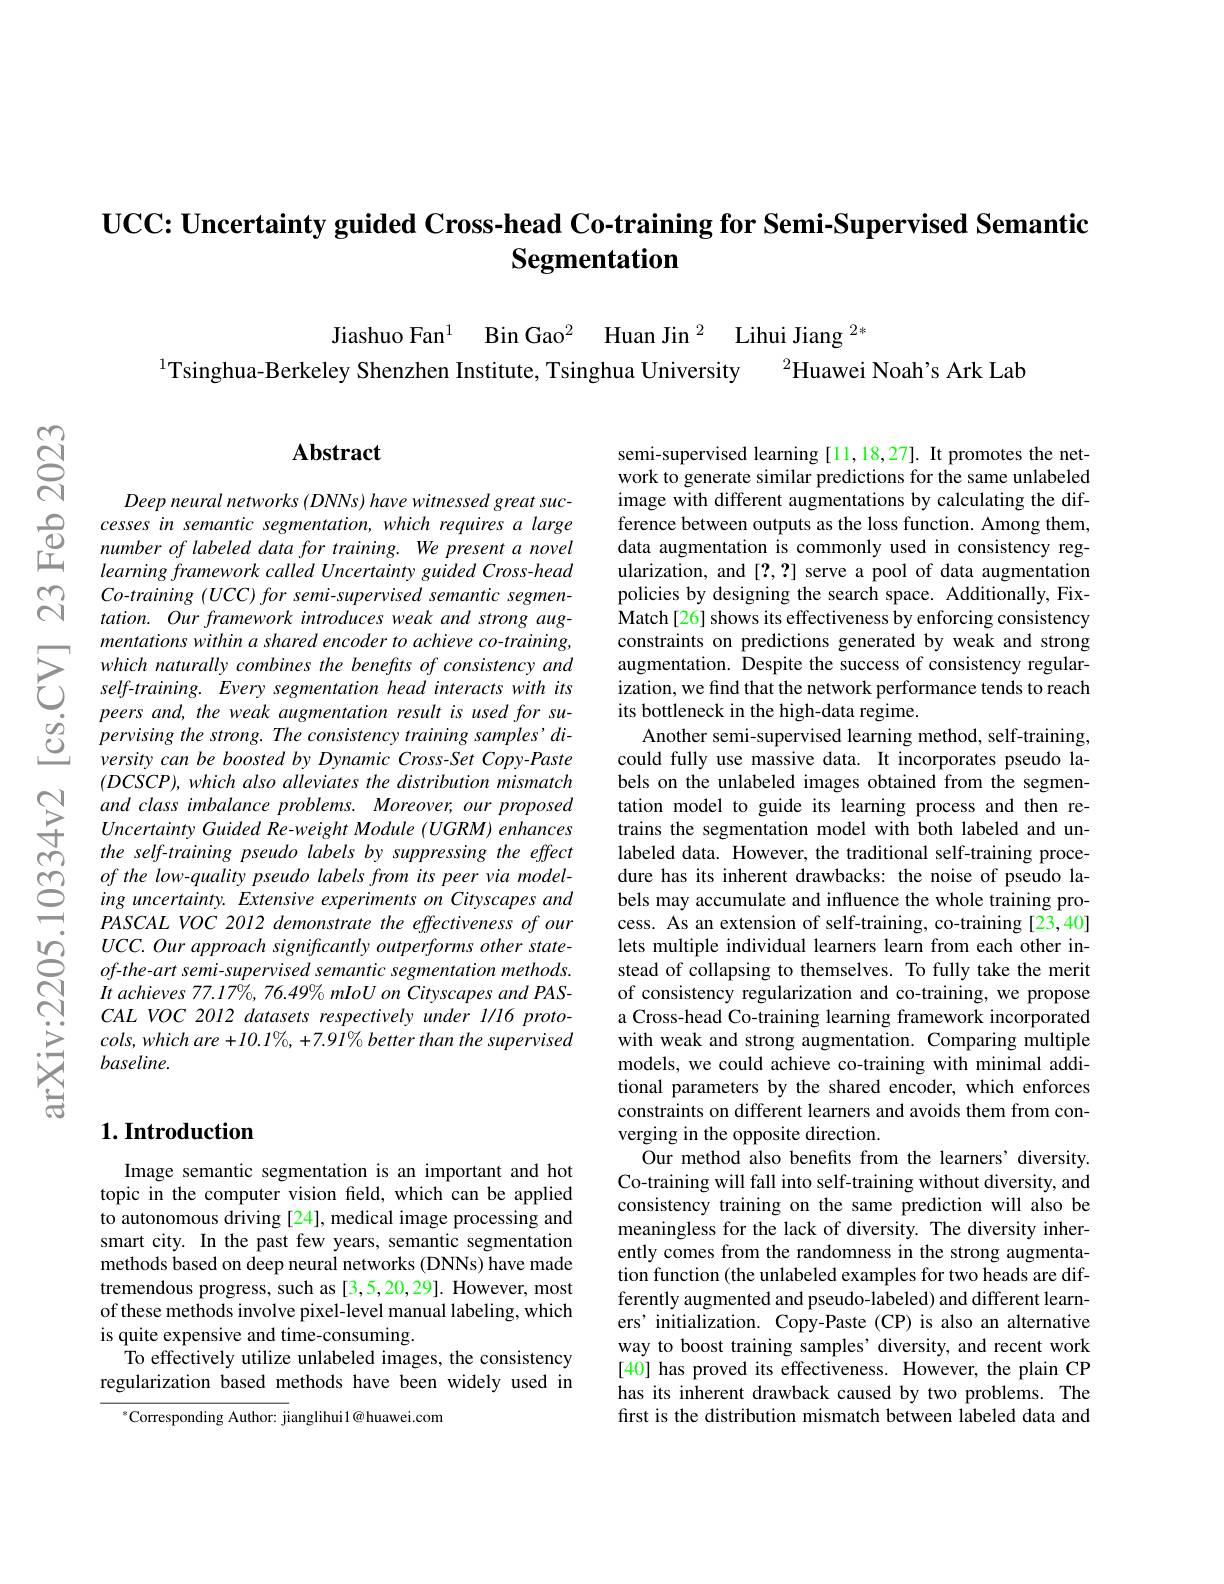
## $\textbf{UCC: Uncertainty guided Cross- head Co- training for Semi- Supervised Semantic}$ Segmentation

Jiashuo Fan$^1$ Bin Gao$^2$ Huan Jin$^2$ Lihui Jiang$^{2*}$
$^{2}$Huawei Noah's Ark Lab
$^1$Tsinghua-Berkeley Shenzhen Institute, Tsinghua University

$ଟ୍ରି$

$സ്രു$

### $\mathbf{Abstract}$

Deep neural networks (DNNs) have witnessed great suc-
$\begin{array}{lllll}&\text{cesses in semantic segmentation, which requires a large}\\\textcircled{0}&\text{number of labeled data for training. We present a novel}\\\text{丘}&\textit{learning framework called Uncertainty guided Cross-head}\end{array}$
Co-training (UCC) for semi-supervised semantic segmentation. Our framework introduces weak and strong augmentations within a shared encoder to achieve co-training,
which naturally conbines the benefts of consistency and augmentation. Despite the success of consistency regularCO selfraining. Every segmentation head interacts with its ization, wefind that the network performance tends toreach
$\begin{array}{lll}{peers~and,~the~weak~augmentation~result~is~used~for~su-}\\{\textcircled{0}}&{pervising~the~strong.~The~consistency~training~samples'di-}\\{\textcircled{0}}&{versity~can~be~boosted~by~Dynamic~Cross-Set~Copy-Paste}\end{array}$
$(DCSCP),whichalsoalleviatesthedistributionmismatch$ and class imbalance problems. Moreover, our proposed Uncertainty Guided Re-weight Module (UGRM) enhances the self-training pseudo labels by suppressing the effect
$\begin{array}{lllllllllllllllll}&of\text{ the low-quality pseudo}\end{array}$
UCC. Our approach significantly outperforms other stateof-the-art semi-supervised semantic segmentation methods It achieves 77.17%, 76.49% mIoU on Cityscapes and PASCAL VOC 2012 datasets respectively under 1/16 proto- $cols, whichare+ 10. 1\% , + 7. 9\dot{l} \% better$ than the supervised baseline.

## $1. \textbf{Introduction}$

Image semantic segmentation is an important and hot topic in the computer vision feld, which can be applied to autonomous driving [24], medical image processing and smart city. In the past few years, semantic segmentation methods based on deep neural networks (DNNs) have made tremendous progress, such as [3,5,20,29]. However, most of these methods involve pixel-level manual labeling, which is quite expensive and time-consuming.
To effectively utilize unlabeled images, the consistency regularization based methods have been widely used in

$^{*}$Corresponding Author: jianglihui1@huawei.com

semi-supervised learning [11,18,27]. It promotes the network to generate similar predictions for the same unlabeled image with different augmentations by calculating the difference between outputs as the loss function. Among them, data augmentation is commonly used in consistency regularization, and [2,?] serve a pool of data augmentation policies by designing the search space. Additionally, FixMatch[26] shows its effectiveness by enforcing consistency constraints on predictions generated by weak and strong
Another semi-supervised learning method, self-training, could fully use massive data. It incorporates pseudo labels on the unlabeled images obtained from the segmentation model to guide its learning process and then retrains the segmentation model with both labeled and unlabeled data. However, the traditional self-training procelets multiple individual learners learn from each other instead of collapsing to themselves. To fully take the merit of consistency regularization and co-training, we propose a Cross-head Co-training learning framework incorporated with weak and strong augmentation. Comparing multiple models, we could achieve co-training with minimal additional parameters by the shared encoder, which enforces constraints on different learners and avoids them from converging in the opposite direction.
Our method also benefits from the learners' diversity. Co-training will fall into self-training without diversity, and consistency training on the same prediction will also be meaningless for the lack of diversity. The diversity inherently comes from the randomness in the strong augmentation function (the unlabeled examples for two heads are differently augmented and pseudo-labeled) and different learners' initialization. Copy-Paste (CP) is also an alternative way to boost training samples' diversity, and recent work [40] has proved its effectiveness. However, the plain CP has its inherent drawback caused by two problems. The first is the distribution mismatch between labeled data and